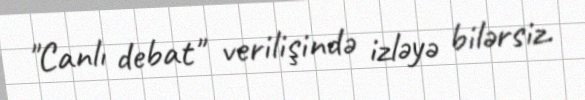
"Canlı debat" verilişində izləyə bilərsiz.